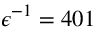
\epsilon ^ { - 1 } = 4 0 1